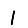
Digit: 1